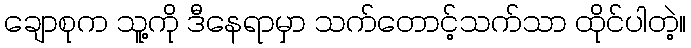
ချောစုက သူ့ကို ဒီနေရာမှာ သက်တောင့်သက်သာ ထိုင်ပါတဲ့။